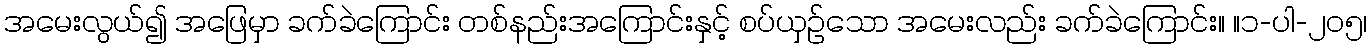
အမေးလွယ်၍ အဖြေမှာ ခက်ခဲကြောင်း တစ်နည်းအကြောင်းနှင့် စပ်ယှဉ်သော အမေးလည်း ခက်ခဲကြောင်း။ ။၁-ပါ-၂၀၅၊